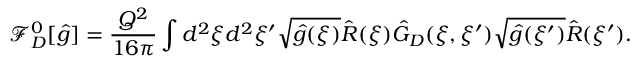
{ \mathcal { F } _ { D } ^ { 0 } } [ \hat { g } ] = { \frac { Q ^ { 2 } } { 1 6 \pi } } \int { d ^ { 2 } } \xi { d ^ { 2 } } \xi ^ { \prime } \sqrt { \hat { g } ( \xi ) } \hat { R } ( \xi ) { \hat { G } _ { D } } ( \xi , \xi ^ { \prime } ) \sqrt { \hat { g } ( \xi ^ { \prime } ) } \hat { R } ( \xi ^ { \prime } ) .